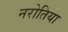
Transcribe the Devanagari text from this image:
नरोतिया